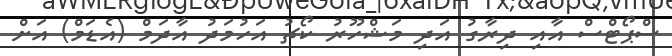
ސްޕޯޓްސް އާއި ދިރާގު އަދި މަޝްހޫރު ކޯޗު އަހުމަދު އާދަމް (އެޑަމް) އަށް